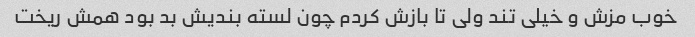
خوب مزش و خیلی تند ولی تا بازش کردم چون لسته بندیش بد بود همش ریخت